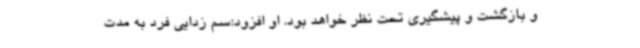
و بازگشت و پیشگیری تحت نظر خواهد بود. او افزود:سم زدایی فرد به مدت